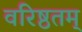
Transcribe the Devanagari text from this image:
वरिष्ठतम्